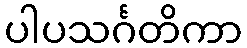
ပါပသင်္ဂတိကာ